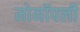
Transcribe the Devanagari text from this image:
मोनॉपली